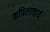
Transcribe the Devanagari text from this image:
कपिलाचार्यः